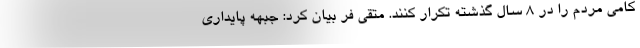
کامی مردم را در ۸ سال گذشته تکرار کنند. متقی فر بیان کرد: جبهه پایداری